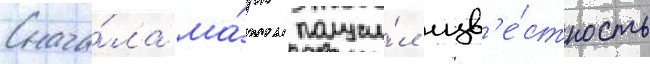
Снача́ла ма́рк получи́л изв'е́стность